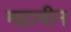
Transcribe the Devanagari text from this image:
महामीन